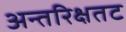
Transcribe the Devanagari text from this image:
अन्तरिक्षतट